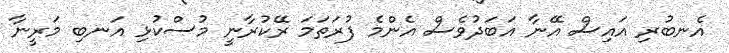
އެނބުރި އައިސް އޭނާ އަބަދުވެސް އެންމެ ފުރަތަމަ ރޭކުރާނީ މުސްކުޅި އަނބި މަރީނާ